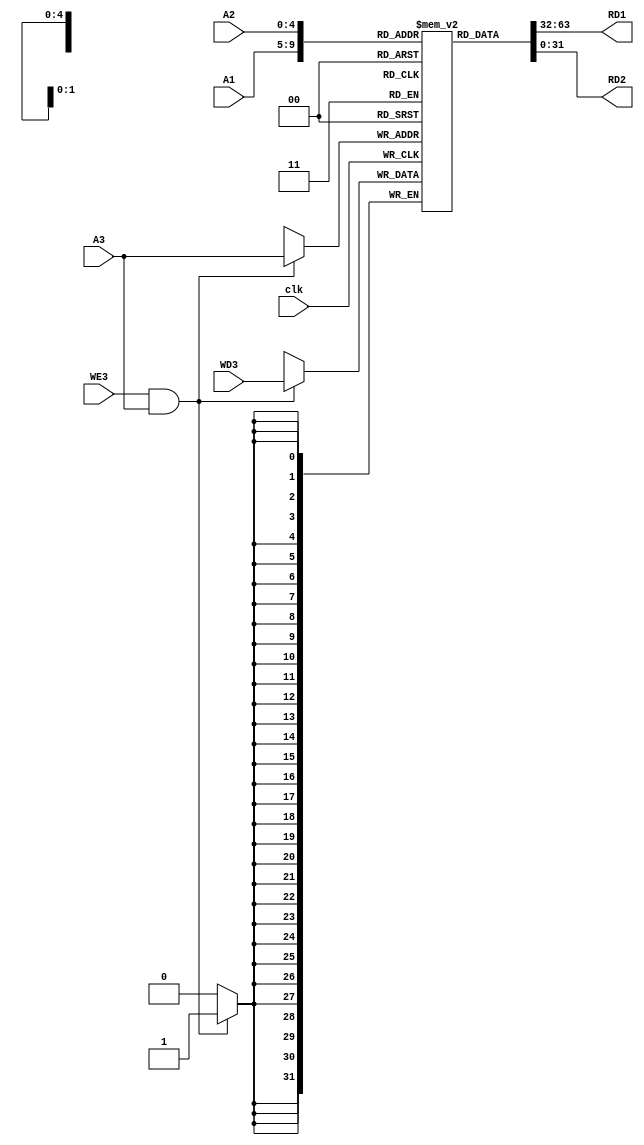
module reg_file ( A1, A2, A3, WD3, WE3, clk, RD1, RD2 );
    input [4:0] A1, A2;    // Register adress where the data is supposed to be read
    input [4:0] A3;        // Register adress where the data is supposed to be written
    input [31:0] WD3;      // Write data - corresponding to the A3 adress;
    input WE3;             // Only write WD3 to adress A3 if Write_Enable_3 aka WE3 is active
    input clk;
    output [31:0] RD1, RD2; // Data read from adresses A1 and A2 respectively

    reg [31:0] register [31:0]; // Registers for storing the data. 
    
    integer i;
    initial begin
        for (i = 0; i < 32; i = i + 1 ) begin
            register[i] = 32'b0;    // All registers should be initialised to zero by verilog. This is just to be safe
        end
    end

    assign RD1 = register[A1];
    assign RD2 = register[A2];
    
    always @(posedge clk) begin
        if (WE3 && A3) begin  // Don't write if adress A3 is 0 -> zero register is supposed to remain 0;
            register[A3] = WD3;
        end
    end

endmodule